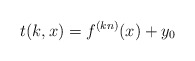
\begin{align*}t(k,x)=f^{(kn)}(x)+y_0\end{align*}